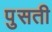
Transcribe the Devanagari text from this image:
पुसती